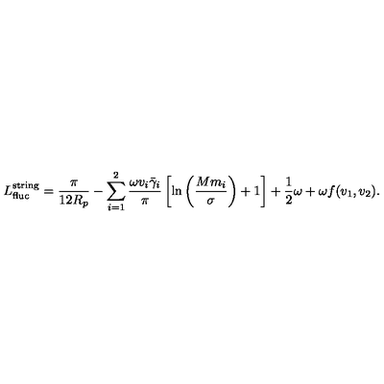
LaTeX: L _ { \mathrm { f l u c } } ^ { \mathrm { s t r i n g } } = \frac { \pi } { 1 2 R _ { p } } - \sum _ { i = 1 } ^ { 2 } \frac { \omega v _ { i } \bar { \gamma } _ { i } } { \pi } \left[ \ln \left( \frac { M m _ { i } } { \sigma } \right) + 1 \right] + \frac { 1 } { 2 } \omega + \omega f ( v _ { 1 } , v _ { 2 } ) .